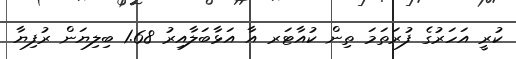
ކުރީ އަހަރުގެ ފުރަތަމަ ތިން ކުއާޓަރ އާ އަޅާބަލާއިރު 1.68 ބިލިޔަން ރުފިޔާ